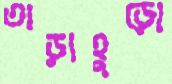
তাড়াহুড়ো